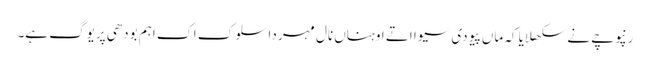
رنپوچے نے سکھلایا کہ ماں پیو دی سیوا اتے اوہناں نال مہر دا سلوک اک اہم بودھی پریوگ ہے۔